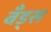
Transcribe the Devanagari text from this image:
बँड्स